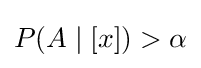
\textstyle P(A\mid [x])>\alpha